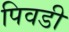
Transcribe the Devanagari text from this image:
पिवडी